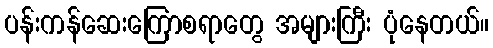
ပန်းကန်ဆေးကြောစရာတွေ အများကြီး ပုံနေတယ်။